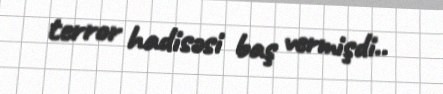
terror hadisəsi baş vermişdi..